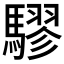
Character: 𮪙